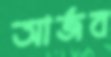
আর্জব